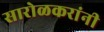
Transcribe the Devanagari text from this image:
सारोळकरांनी